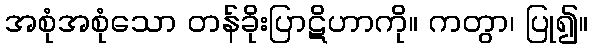
အစုံအစုံသော တန်ခိုးပြာဋိဟာကို။ ကတွာ၊ ပြု၍။